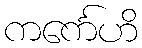
ကင်္ကေဟိ